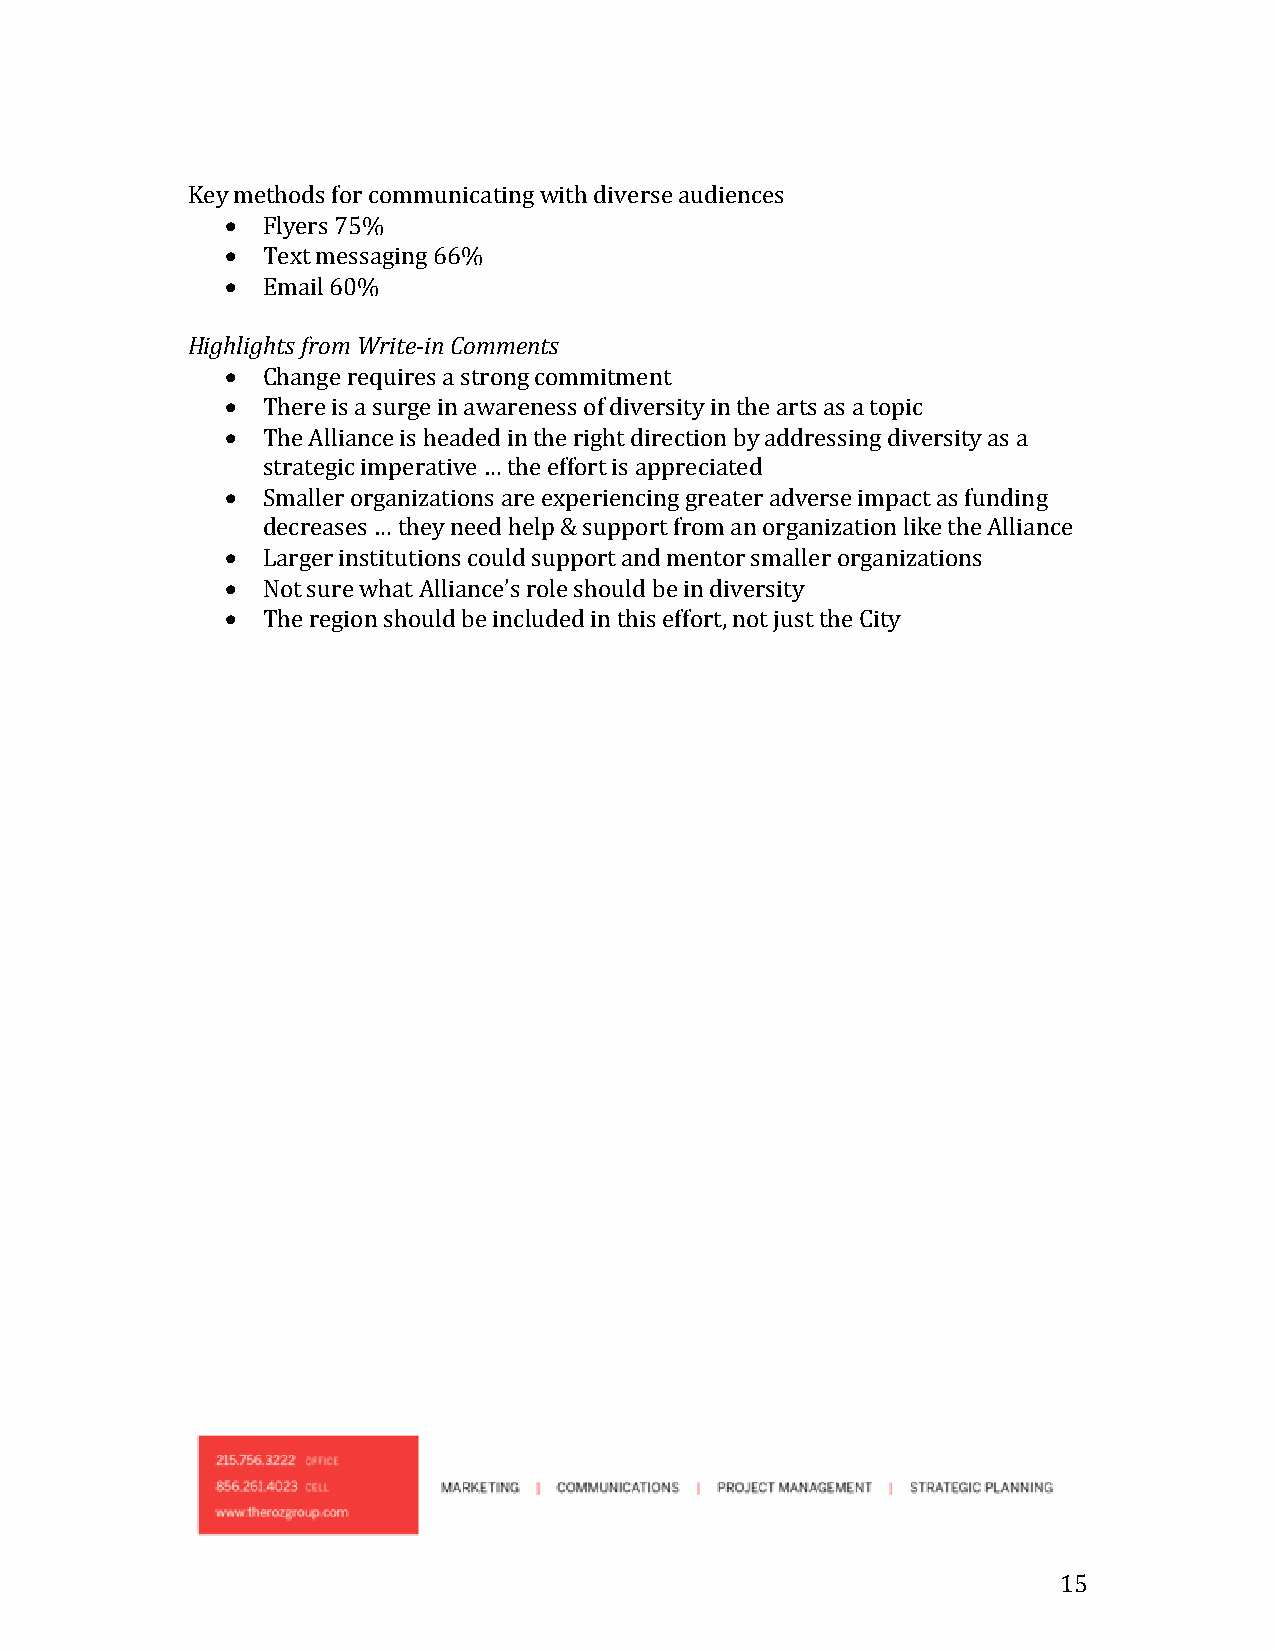
Key methods for communicating with diverse audiences
  Flyers 75%
  Text messaging 66%
  Email 60%
 Highlights from Write-in Comments
  Change requires a strong commitment
  There is a surge in awareness of diversity in the arts as a topic
  The Alliance is headed in the right direction by addressing diversity as a
 strategic imperative … the effort is appreciated
  Smaller organizations are experiencing greater adverse impact as funding
 decreases … they need help & support from an organization like the Alliance
  Larger institutions could support and mentor smaller organizations
  Not sure what Alliance’s role should be in diversity
  The region should be included in this effort, not just the City
 15